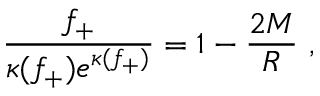
\frac { f _ { + } } { \kappa ( f _ { + } ) e ^ { \kappa ( f _ { + } ) } } = 1 - \frac { 2 M } { R } \ ,